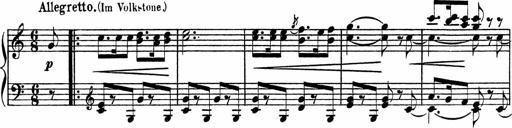
Title: Piano Sonatinas
Composer: Charles Fradel